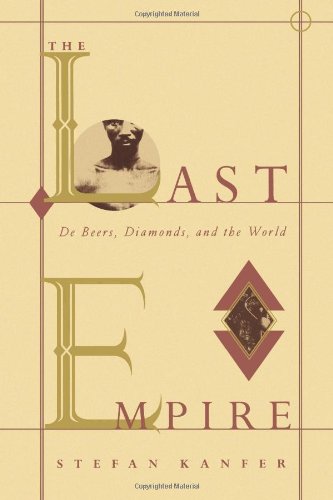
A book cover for The Last Empire: De Beers, Diamonds, and the World; Stefan Kanfer; History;